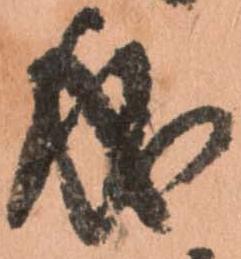
成